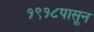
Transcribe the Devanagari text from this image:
१९१८पासून